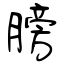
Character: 膀